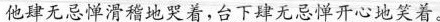
他肆无忌惮滑稽地哭着，台下肆无忌惮开心地笑着。